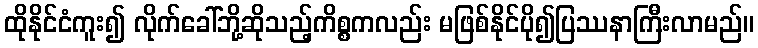
ထိုနိုင်ငံကူး၍ လိုက်ခေါ်ဘို့ဆိုသည့်ကိစ္စကလည်း မဖြစ်နိုင်ပို၍ပြဿနာကြီးလာမည်။